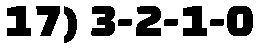
17) 3-2-1-0